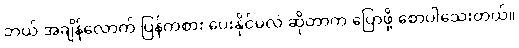
ဘယ် အချိန်လောက် ပြန်ကစား ပေးနိုင်မလဲ ဆိုတာက ပြောဖို့ စောပါသေးတယ်။